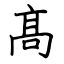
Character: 髙